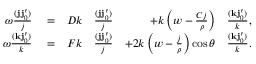
\begin{array} { r l r l r l } { \omega \frac { ( \ensuremath { \mathbf { j } } \ensuremath { \mathbf { j } _ { 0 } ^ { \prime } } ) } { j } } & { { } = } & { D k } & { { } \frac { ( \ensuremath { \mathbf { j } } \ensuremath { \mathbf { j } _ { 0 } ^ { \prime } } ) } { j } } & { + k \left( w - \frac { C j } { \rho } \right) } & { { } \frac { ( \ensuremath { \mathbf { k } } \ensuremath { \mathbf { j } _ { 0 } ^ { \prime } } ) } { k } , } \\ { \omega \frac { ( \ensuremath { \mathbf { k } } \ensuremath { \mathbf { j } _ { 0 } ^ { \prime } } ) } { k } } & { { } = } & { F k } & { { } \frac { ( \ensuremath { \mathbf { j } } \ensuremath { \mathbf { j } _ { 0 } ^ { \prime } } ) } { j } } & { + 2 k \left( w - \frac { j } { \rho } \right) \cos \theta } & { { } \frac { ( \ensuremath { \mathbf { k } } \ensuremath { \mathbf { j } _ { 0 } ^ { \prime } } ) } { k } . } \end{array}